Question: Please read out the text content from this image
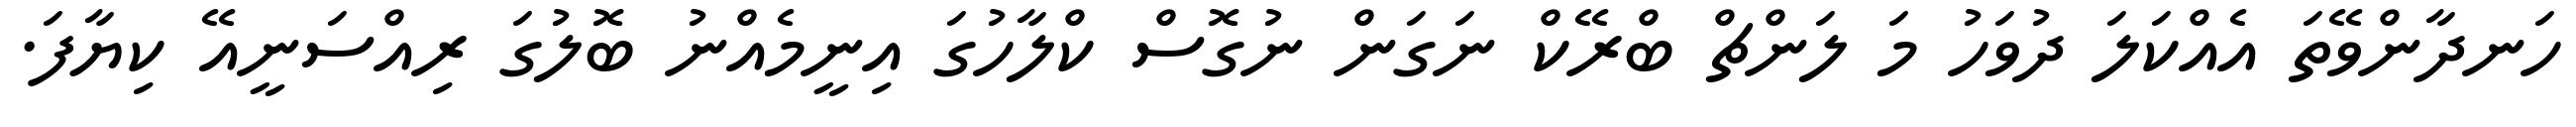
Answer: ހަނދާންވޭތަ އެއްކަލަ ދުވަހު މަ ލަންޗް ބްރޭކް ނަގަން ނުގޮސް ކްލާހުގަ އިނީމެއްނު ބޮލުގަ ރިއްސަނީއޭ ކިޔާފަ.